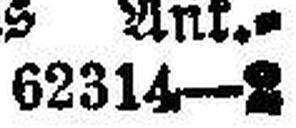
62314—2